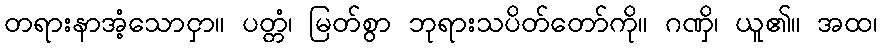
တရားနာအံ့သောငှာ။ ပတ္တံ၊ မြတ်စွာ ဘုရားသပိတ်တော်ကို။ ဂဏှိ၊ ယူ၏။ အထ၊